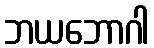
ဘယဘောဂါ